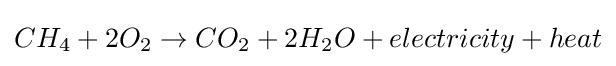
CH_{4}+2O_{2}\rightarrow CO_{2}+2H_{2}O+electricity+heat